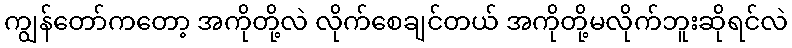
ကျွန်တော်ကတော့ အကိုတို့လဲ လိုက်စေချင်တယ် အကိုတို့မလိုက်ဘူးဆိုရင်လဲ